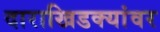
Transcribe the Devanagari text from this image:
दाराखिडक्यांवर